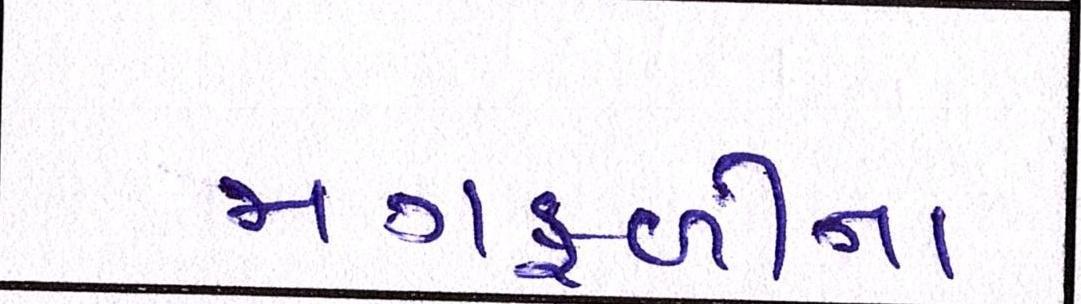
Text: મગફળીના